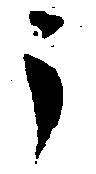
う